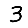
Digit: 3